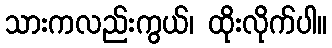
သားကလည်းကွယ်၊ ထိုးလိုက်ပါ။